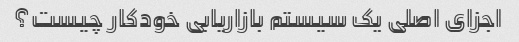
اجزای اصلی یک سیستم بازاریابی خودکار چیست؟